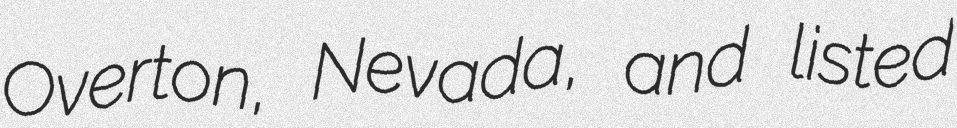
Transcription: Overton, Nevada, and listed